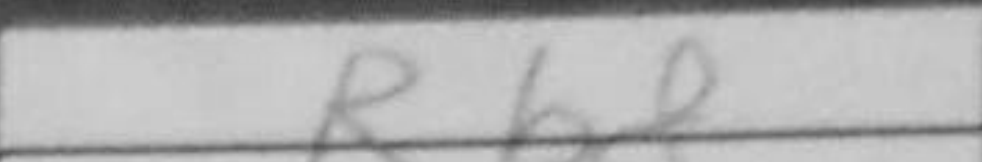
Transcription: Rb8